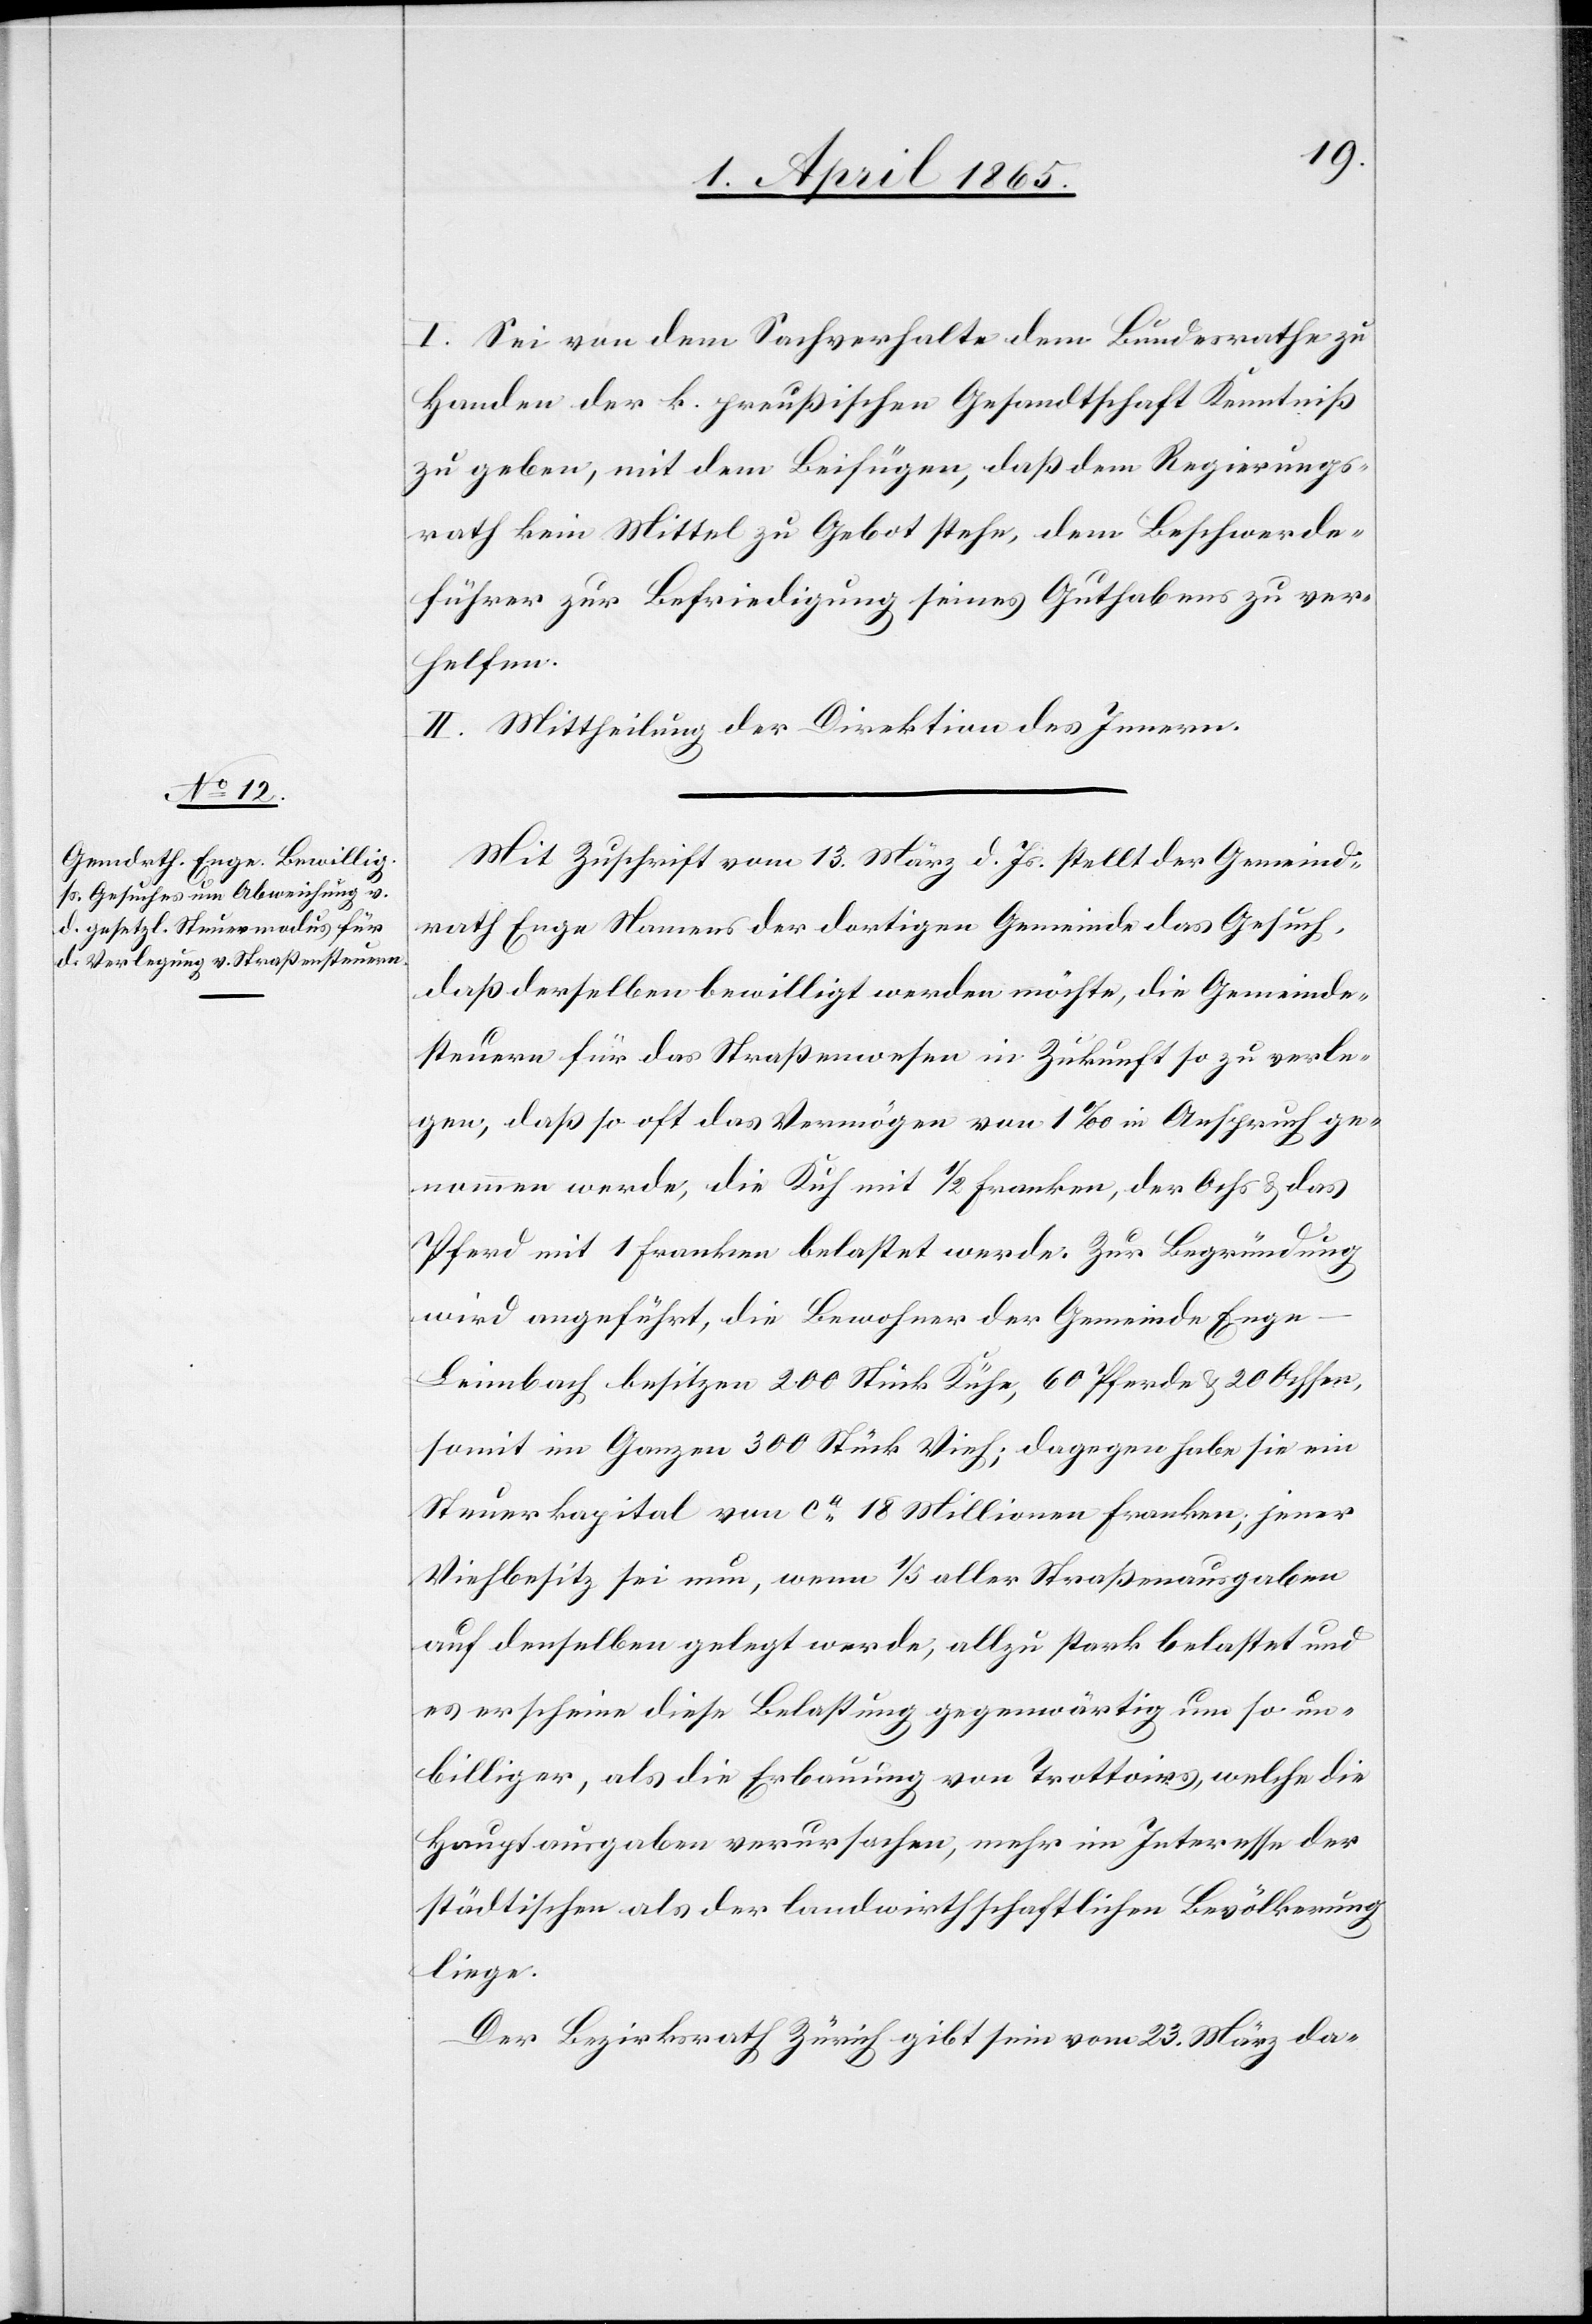
I. Sei von dem Sachverhalte dem Bundesrathe zu
Handen der k. preußischen Gesandtschaft Kenntniß
zu geben, mit dem Beifügen, daß dem Regierungs¬
rath kein Mittel zu Gebot stehe, dem Beschwerde¬
führer zur Befriedigung seines Guthabens zu ver¬
helfen.
II. Mittheilung der Direktion des Innern.
Mit Zuschrift vom 13. März d. Js. stellt der Gemeind¬
rath Enge Namens der dortigen Gemeinde das Gesuch,
daß derselben bewilligt werden möchte, die Gemeinde¬
steuern für das Straßenwesen in Zukunft so zu verle¬
gen, daß so oft das Vermögen von 1 ‰ in Anspruch ge¬
nommen werde, die Kuh mit ½ Franken, der Ochs & das
Pferd mit 1 Franken belastet werde. Zur Begründung
wird angeführt, die Bewohner der Gemeinde Eng¬
e-Leimbach besitzen 200 Stück Kühe, 60 Pferde & 20 Ochsen,
somit im Ganzen 300 Stück Vieh; dagegen habe sie ein
Steuerkapital von ca 18 Millionen Franken; jener
Viehbesitz sei nun, wenn 1/5 aller Straßenausgaben
auf denselben gelegt werde, allzu stark belastet und
es erscheine diese Belastung gegenwärtig um so un¬
billiger, als die Erbauung von Trottoirs, welche die
Hauptausgaben verursachen, mehr im Interesse der
städtischen als der landwirthschaftlichen Bevölkerung
liege.
Der Bezirksrath Zürich gibt seine vom 23. März da-